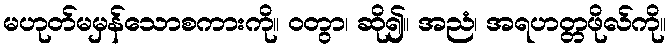
မဟုတ်မမှန်သောစကားကို။ ဝတွာ၊ ဆို၍။ အညံ၊ အရဟတ္တဖိုလ်ကို။